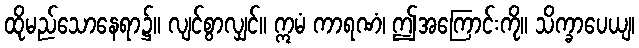
ထိုမည်သောနေရာ၌။ လျင်စွာလျှင်။ ဣမံ ကာရဏံ၊ ဤအကြောင်းကို။ သိက္ခာပေယျ၊